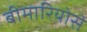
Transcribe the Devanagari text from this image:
बीमारियोसे